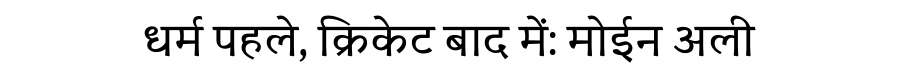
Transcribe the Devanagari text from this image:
धर्म पहले, क्रिकेट बाद में: मोईन अली